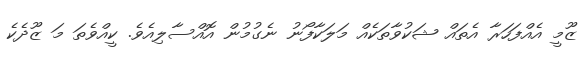
ޒޫމީ އެއްފަހަރާ އެތައް ޝަކުވާތަކެއް މަލަކާފޯނު ނެގުމުން އޮއްސާލިއެވެ. ކީއްވެތަ މަ ޒޫދެކެ